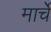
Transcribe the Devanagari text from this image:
मार्चे